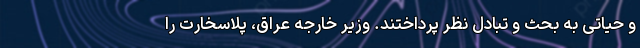
و حیاتی به بحث و تبادل نظر پرداختند. وزیر خارجه عراق، پلاسخارت را